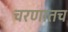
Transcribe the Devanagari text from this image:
चरणातच